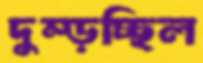
দুম্‌ড়চ্ছিল